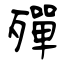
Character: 殫